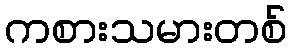
ကစားသမားတစ်